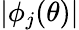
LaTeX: |\phi_{j}(\theta)|